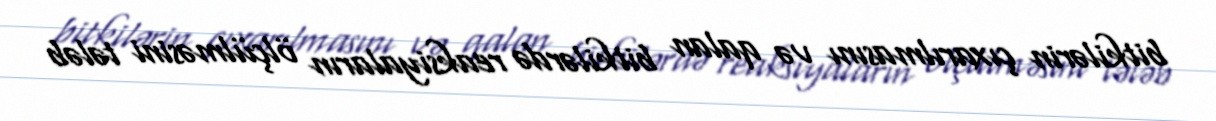
bitkilərin çıxarılmasını və qalan bitkilərdə reaksiyaların ölçülməsini tələb